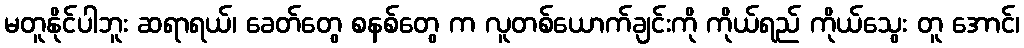
မတူနိုင်ပါဘူး ဆရာရယ်၊ ခေတ်တွေ စနစ်တွေ က လူတစ်ယောက်ချင်းကို ကိုယ်ရည် ကိုယ်သွေး တူ အောင်၊